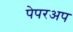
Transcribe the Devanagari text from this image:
पेपरअप